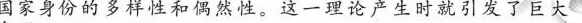
国家身份的多样性和偶然性。这一理论产生时就引发了巨大